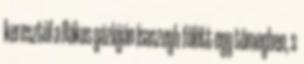
keresztül a Rákos gázlóján Isaszegh fölött egy tömegben, s